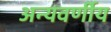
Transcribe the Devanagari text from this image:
अन्यवर्णीय